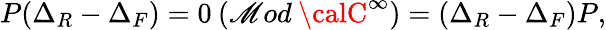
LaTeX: P(\Delta_{R}-\Delta_{F})=0\: (\mathscr{M}od\: {\calC}^{\infty})=(\Delta_{R}-\Delta_{F})P,